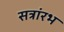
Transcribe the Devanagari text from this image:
सत्रांरभ